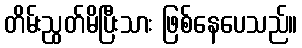
တိမ်းညွတ်မိပြီးသား ဖြစ်နေပေသည်။